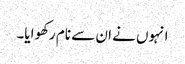
انہوں نے ان سے نام رکھوایا۔